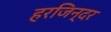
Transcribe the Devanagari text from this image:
हरजिन्दर